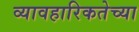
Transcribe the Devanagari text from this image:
व्यावहारिकतेच्या